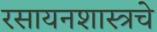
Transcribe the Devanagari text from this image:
रसायनशास्त्रचे